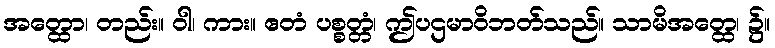
အတ္ထော၊ တည်း။ ဝါ၊ ကား။ ဧတံ ပစ္စတ္တံ၊ ဤပဌမာဝိဘတ်သည်။ သာမိအတ္ထေ၊ ၌။